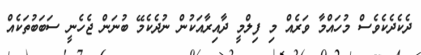
ދެކެދެކެވެސް މުހައްމާ ވަރެއް މި ފިލްމީ ދާއިރާއަކުން ނުދެކެމޭ ބުނަން ޖެހެނީ ސަބަބުތަކެއް